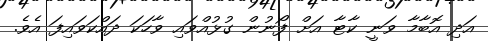
އަދި އޮބާމާ ވަނީ ކާޓާ އަށް ފޯނުން ގުޅުއްވައި ވާހަކަ ދައްކަވައިފަ އެވެ.